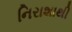
નિરાશાથી